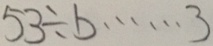
5 3 \div b \cdots 3